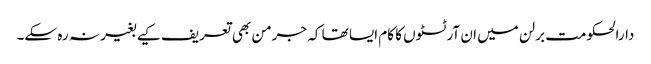
دارالحکومت برلن میں ان آرٹسٹوں کا کام ایسا تھا کہ جرمن بھی تعریف کیے بغیر نہ رہ سکے۔